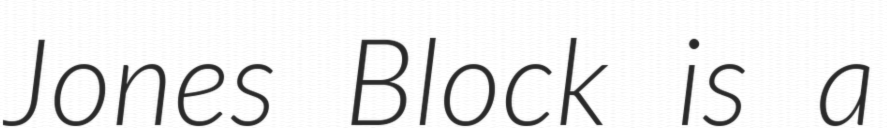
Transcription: Jones Block is a